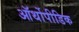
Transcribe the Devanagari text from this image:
ऑर्थोपीडिक